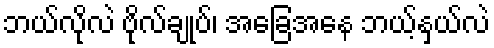
ဘယ်လိုလဲ ဗိုလ်ချုပ်၊ အခြေအနေ ဘယ့်နှယ်လဲ